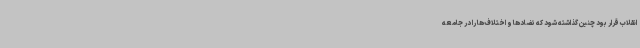
انقلاب قرار بود چنین گذاشته شود که تضادها و اختلاف‌ها را در جامعه